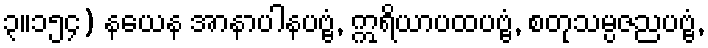
၃။၁၅၄) နယေန အာနာပါနပဗ္ဗံ, ဣရိယာပထပဗ္ဗံ, စတုသမ္ပဇညပဗ္ဗံ,